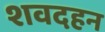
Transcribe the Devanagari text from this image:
शवदहन